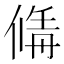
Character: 𠌚